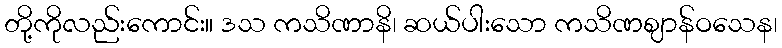
တို့ကိုလည်းကောင်း။ ဒသ ကသိဏာနိ၊ ဆယ်ပါးသော ကသိဏဈာန်ဝသေန၊